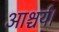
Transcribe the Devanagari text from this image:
आश्चर्य।